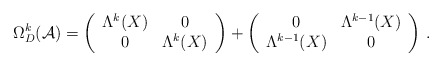
\begin{align*}\Omega_{D}^{k}({\cal A})=\left(\begin{array}{cc}\Lambda^{k}(X) & 0 \\ 0 & \Lambda^{k}(X)\end{array}\right)+\left(\begin{array}{cc}0 & \Lambda^{k-1}(X) \\ \Lambda^{k-1}(X) & 0\end{array}\right)\, .\end{align*}